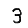
Digit: 3